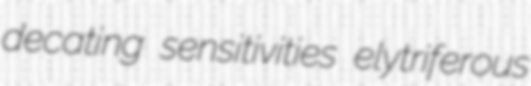
decating sensitivities elytriferous